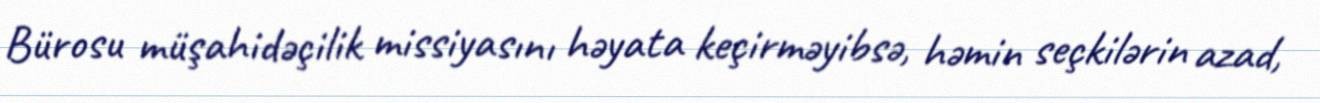
Bürosu müşahidəçilik missiyasını həyata keçirməyibsə, həmin seçkilərin azad,